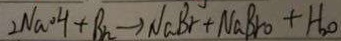
2 N a o H + B _ { n } \rightarrow N a B r + N a B r o + H _ { 2 } O